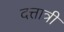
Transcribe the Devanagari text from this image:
दत्तात्री